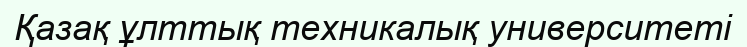
Қазақ ұлттық техникалық университеті